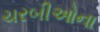
ચરબીઓના